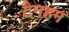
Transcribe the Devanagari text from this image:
टेनहम